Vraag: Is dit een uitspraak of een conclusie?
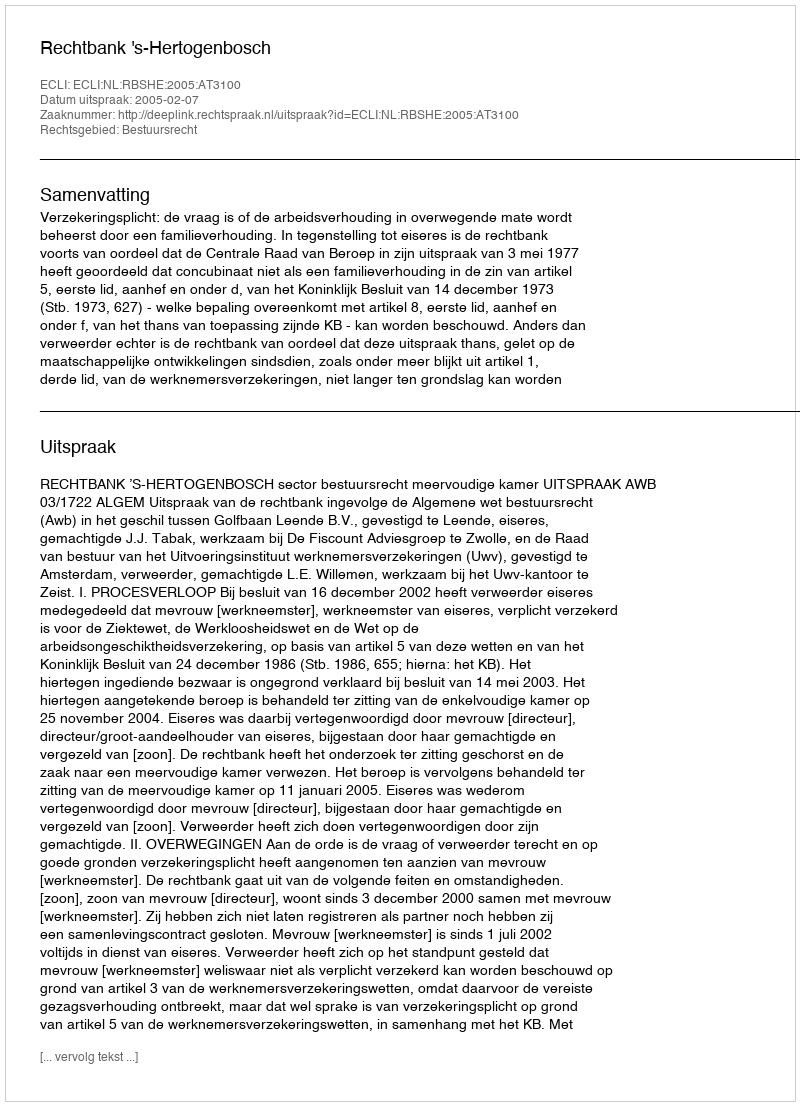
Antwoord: Uitspraak